Annual report of the Bengal Veterinary College and of the Civil Veterinary Department, Bengal, for the year 1916-17 - 1916-1917
Year: 1916
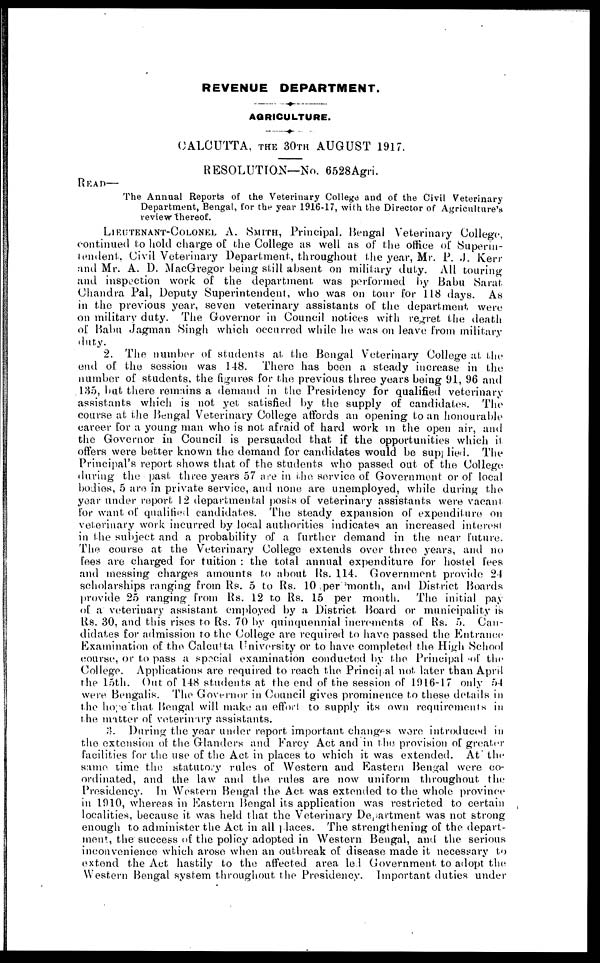
REVENUE DEPARTMENT.
AGRICULTURE.
CALCUTTA, THE 30TH AUGUST 1917.
RESOLUTION—No. 6528Agri.
READ—
The Annual Reports of the Veterinary College and of the Civil Veterinary
Department, Bengal, for the year 1916-17, with the Director of Agriculture's
review thereof.
LIEUTENANT-COLONEL A. SMITH,Principal, Bengal Veterinary College,
continued to hold charge of the College as well as of the office of Superin-
tendent, Civil Veterinary Department, throughout the year, Mr. P. J. Kerr
and Mr. A. D. MacGregor being still absent on military duty. All touring
and inspection work of the department was performed by Babu Sarat
Chandra Pal, Deputy Superintendent, who was on tour for 118 days. As
in the previous year, seven veterinary assistants of the department were
on military duty. The Governor in Council notices with regret the death
of Babu Jagman Singh which occurred while he was on leave from military
duty.
2. The number of students at the Bengal Veterinary College at the
end of the session was 148. There has been a steady increase in the
number of students, the figures for the previous three years being 91, 96 and
135, but there remains a demand in the Presidency for qualified veterinary
assistants which is not yet satisfied by the supply of candidates. The
course at the Bengal Veterinary College affords an opening to an honourable
career for a young man who is not afraid of hard work in the open air, and
the Governor in Council is persuaded that if the opportunities which it
offers were better known the demand for candidates would be supplied. The
Principal's report shows that of the students who passed out of the College
during the past three years 57 are in the service of Government or of local
bodies, 5 are in private service, and none are unemployed, while during the
year under report 12 departmental posts of veterinary assistants were vacant
for want of qualified candidates. The steady expansion of expenditure on
veterinary work incurred by local authorities indicates an increased interest
in the subject and a probability of a further demand in the near future.
The course at the Veterinary College extends over three years, and no
fees are charged for tuition : the total annual expenditure for hostel fees
and messing charges amounts to about Rs. 114. Government provide 24
scholarships ranging from Rs. 5 to Rs. 10 per month, and District Boards
provide 25 ranging from Rs. 12 to Rs. 15 per month. The initial pay
of a veteriuary assistant employed by a District Board or municipality is
Rs. 30, and this rises to Rs. 70 by quinquennial increments of Rs. 5. Can-
didates for admission to the College are required to have passed the Entrance
Examination of the Calcutta University or to have completed the High School
course, or to pass a special examination conducted by the Principal of the
College. Applications are required to reach the Principal not later than April
the 15th. Out of 148 students at the end of the session of 1916-17 only 54
were Bengalis. The Governor in Council gives prominence to these details in
the hope that Bengal will make an effort to supply its own requirements in
the matter of veterinary assistants.
3. During the year under report important changes were introduced in
the extension of the Glanders and Farcy Act and in the provision of greater
facilities for the use of the Act in places to which it was extended. At the
same time the statutory rules of Western and Eastern Bengal were co-
ordinated, and the law and the rules are now uniform throughout the
Presidency. In Western Bengal the Act was extended to the whole province
in 1910, whereas in Eastern Bengal its application was restricted to certain
localities, because it was held that the Veterinary Department was not strong
enough to administer the Act in all places. The strengthening of the depart-
ment, the success of the policy adopted in Western Bengal, and the serious
inconvenience which arose when an outbreak of disease made it necessary to
extend the Act hastily to the affected area led Government to adopt the
Western Bengal system throughout the Presidency. Important duties under